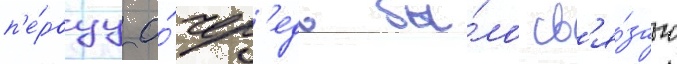
п'е́рвуу о́чер'едь бы́ло св'я́зано